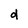
Character: d